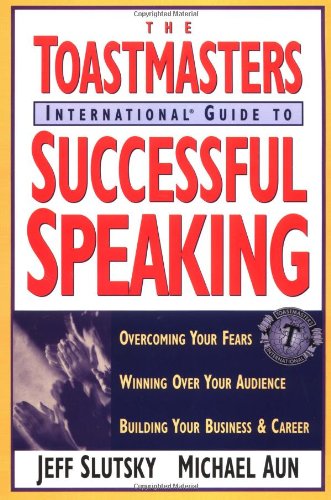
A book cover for The Toastmasters International Guide to Successful Speaking; Jeff Slutsky; Business & Money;